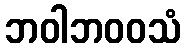
ဘဝါဘဝဝသံ